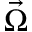
\vec { \Omega }